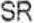
SR